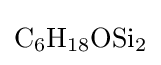
{\mathrm {C} {\vphantom {A}}_{\smash[{t}]{6}}\mathrm {H} {\vphantom {A}}_{\smash[{t}]{18}}\mathrm {OSi} {\vphantom {A}}_{\smash[{t}]{2}}}